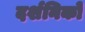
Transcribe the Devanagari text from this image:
दर्शनिकों